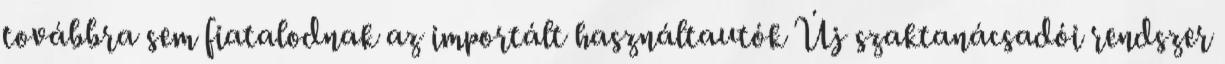
továbbra sem fiatalodnak az importált használtautók Új szaktanácsadói rendszer